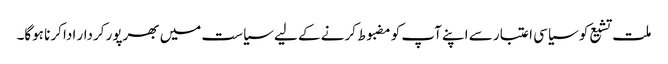
ملت تشیع کو سیاسی اعتبار سے اپنے آپ کو مضبوط کرنے کے لیے سیاست میں بھرپور کردار ادا کرنا ہوگا۔